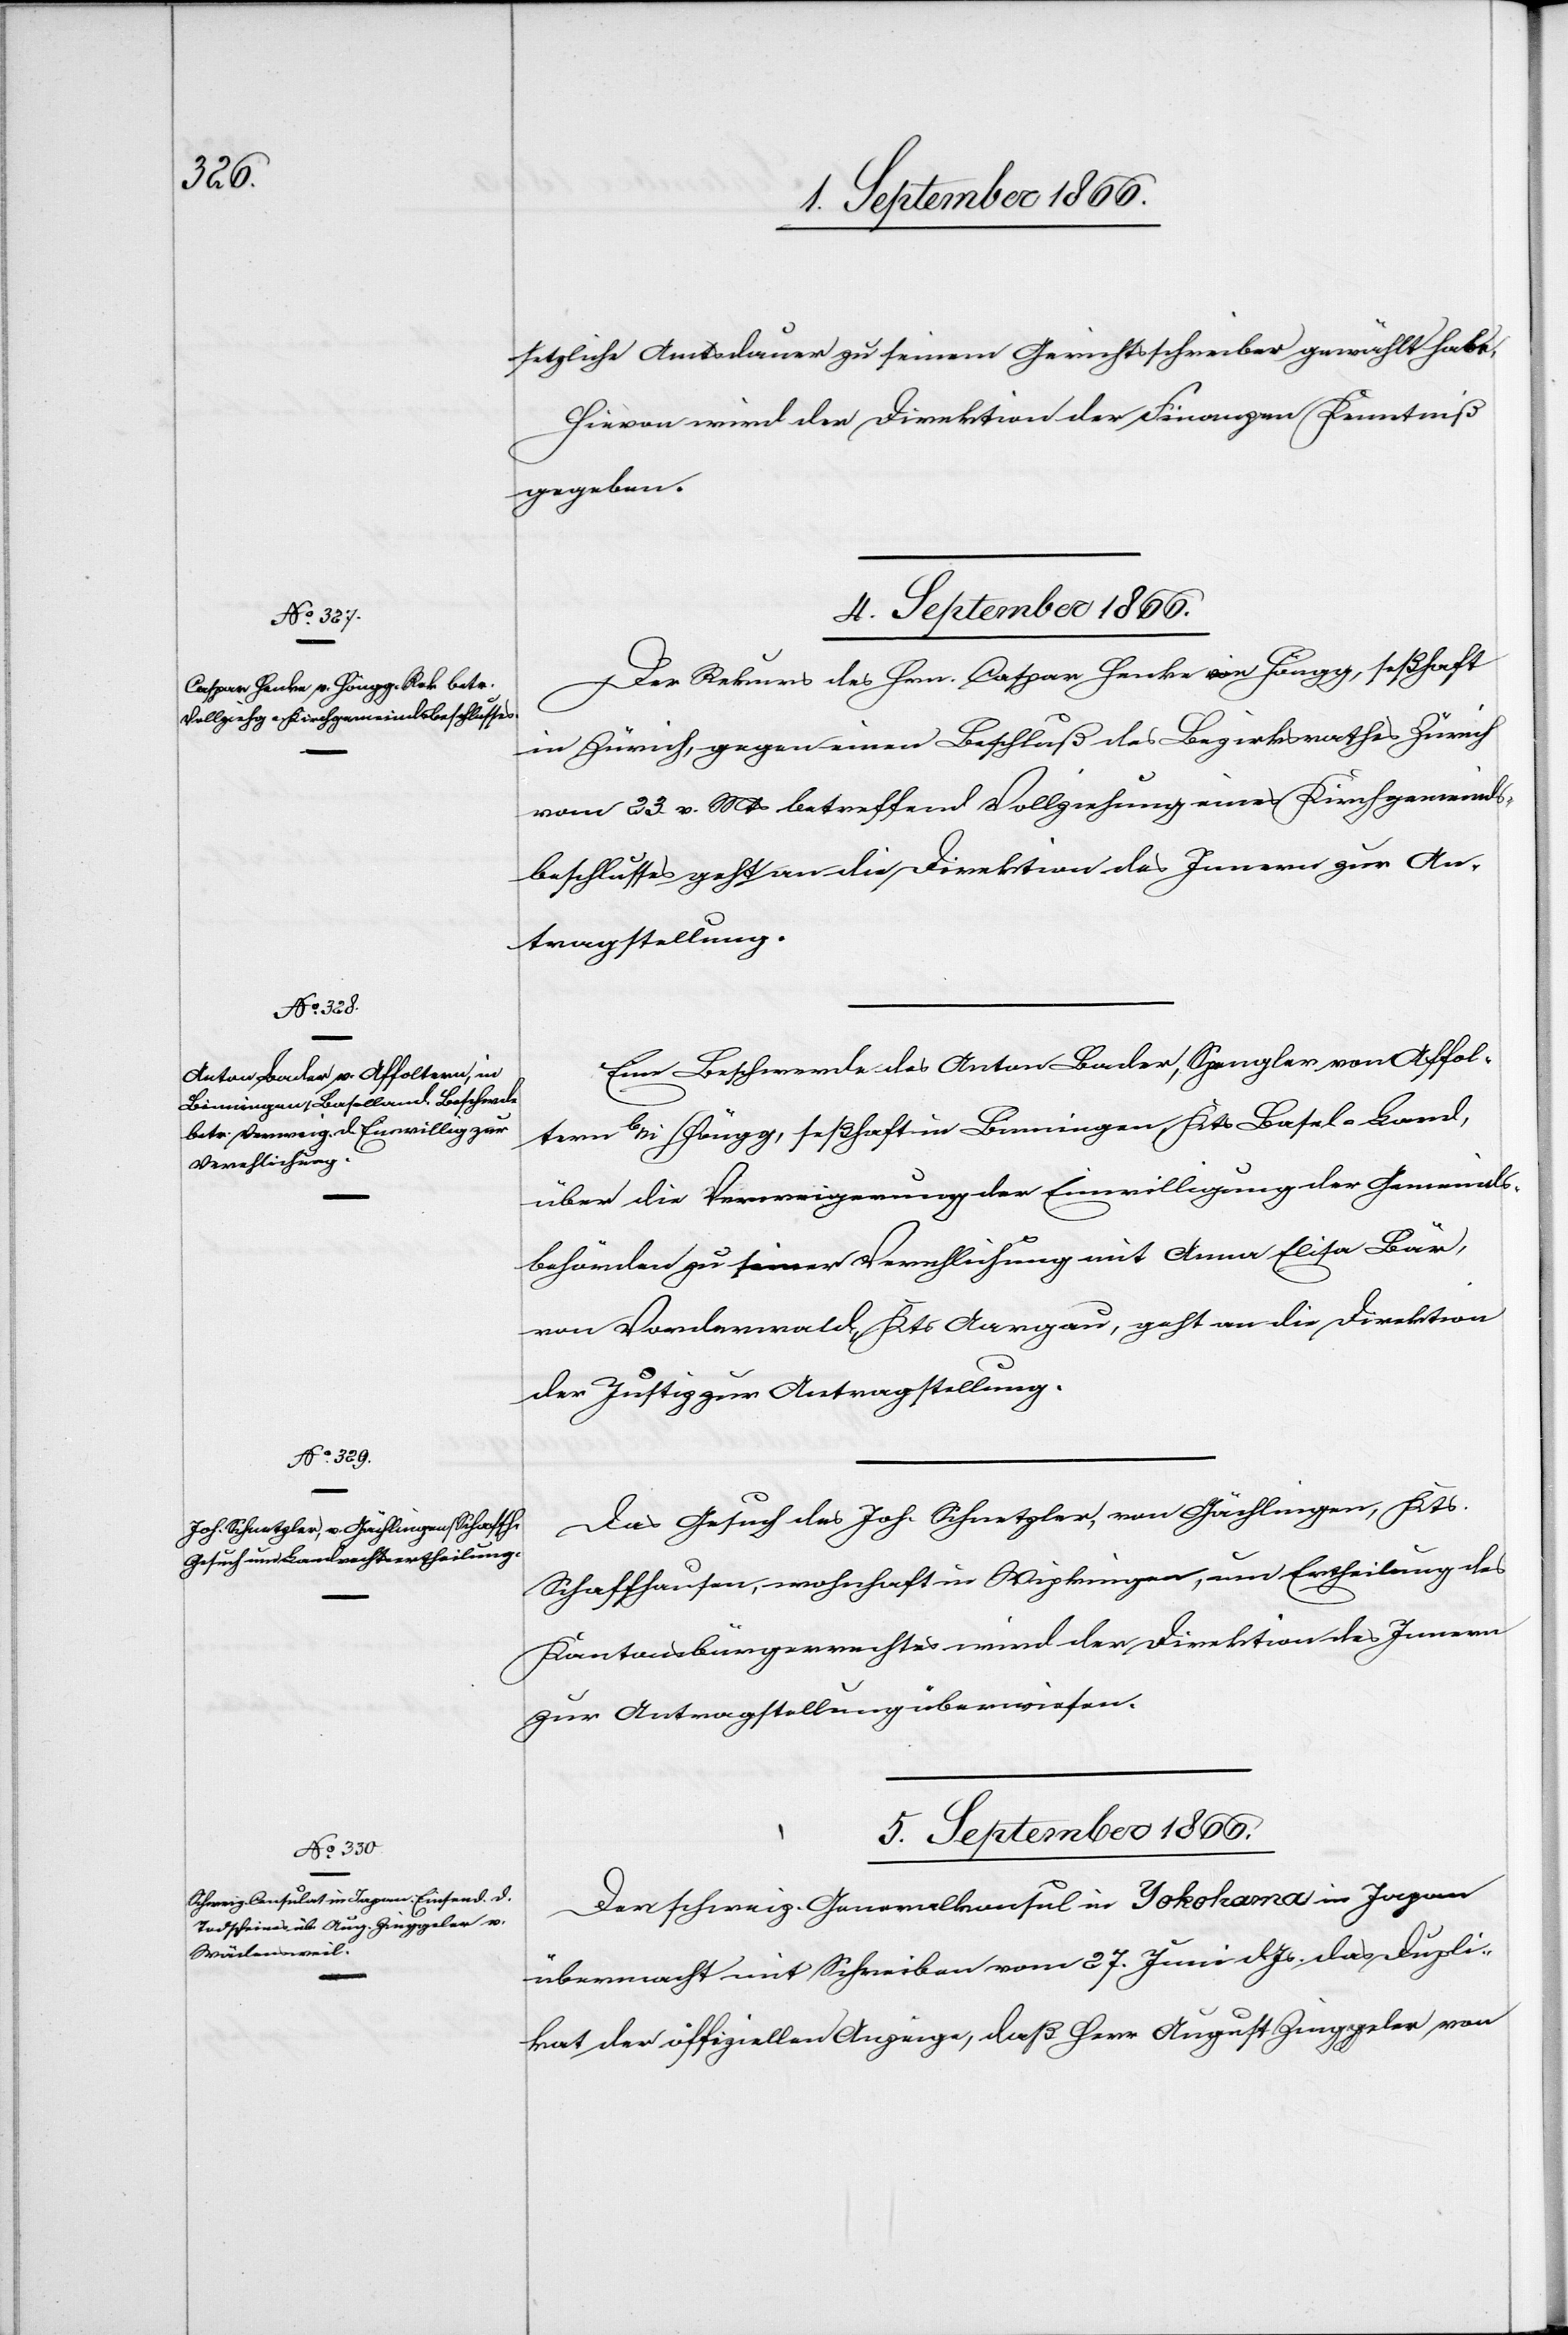
setzliche [sic!] Amtsdauer zu seinem Gerichtsschreiber gewählt habe.
Hievon wird der Direktion der Finanzen Kenntniß
gegeben.
4. September 1866.]
Der Rekurs des Hrn. Caspar Henke in Höngg, seßhaft
in Zürich, gegen einen Beschluß des Bezirksgerichtes Zürich
vom 23. v. Mts. betreffend Vollziehung eines Kirchgemeinds¬
beschlusses geht an die Direktion des Innern zur An¬
tragstellung.
Eine Beschwerde des Anton Bader, Spengler von Affol¬
tern bei/Höngg [sic!], seßhaft in Binningen, Kts. Basel-Land,
über die Verweigerung der Einwilligung der Gemeinds¬
behörden zu seiner Verehlichung mit Anna Elisa Bär,
von Vordernwald, Kts. Aargau, geht an die Direktion
der Justiz zur Antragstellung.
Das Gesuch des Joh. Schnetzler, von Gächlingen, Kts.
Schaffhausen, wohnhaft in Wipkingen, um Ertheilung des
Kantonsbürgerrechtes wird der Direktion des Innern
zur Antragstellung überwiesen.
5. September 1866.
Der schweiz. Generalkonsul in Yokohama in Japan
übermacht mit Schreiben vom 27. Juni dJs. das Dupli¬
kat der offiziellen Anzeige, daß Herr August Zinggeler von